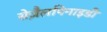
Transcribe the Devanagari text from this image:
सेज़ैलपिनाइडी